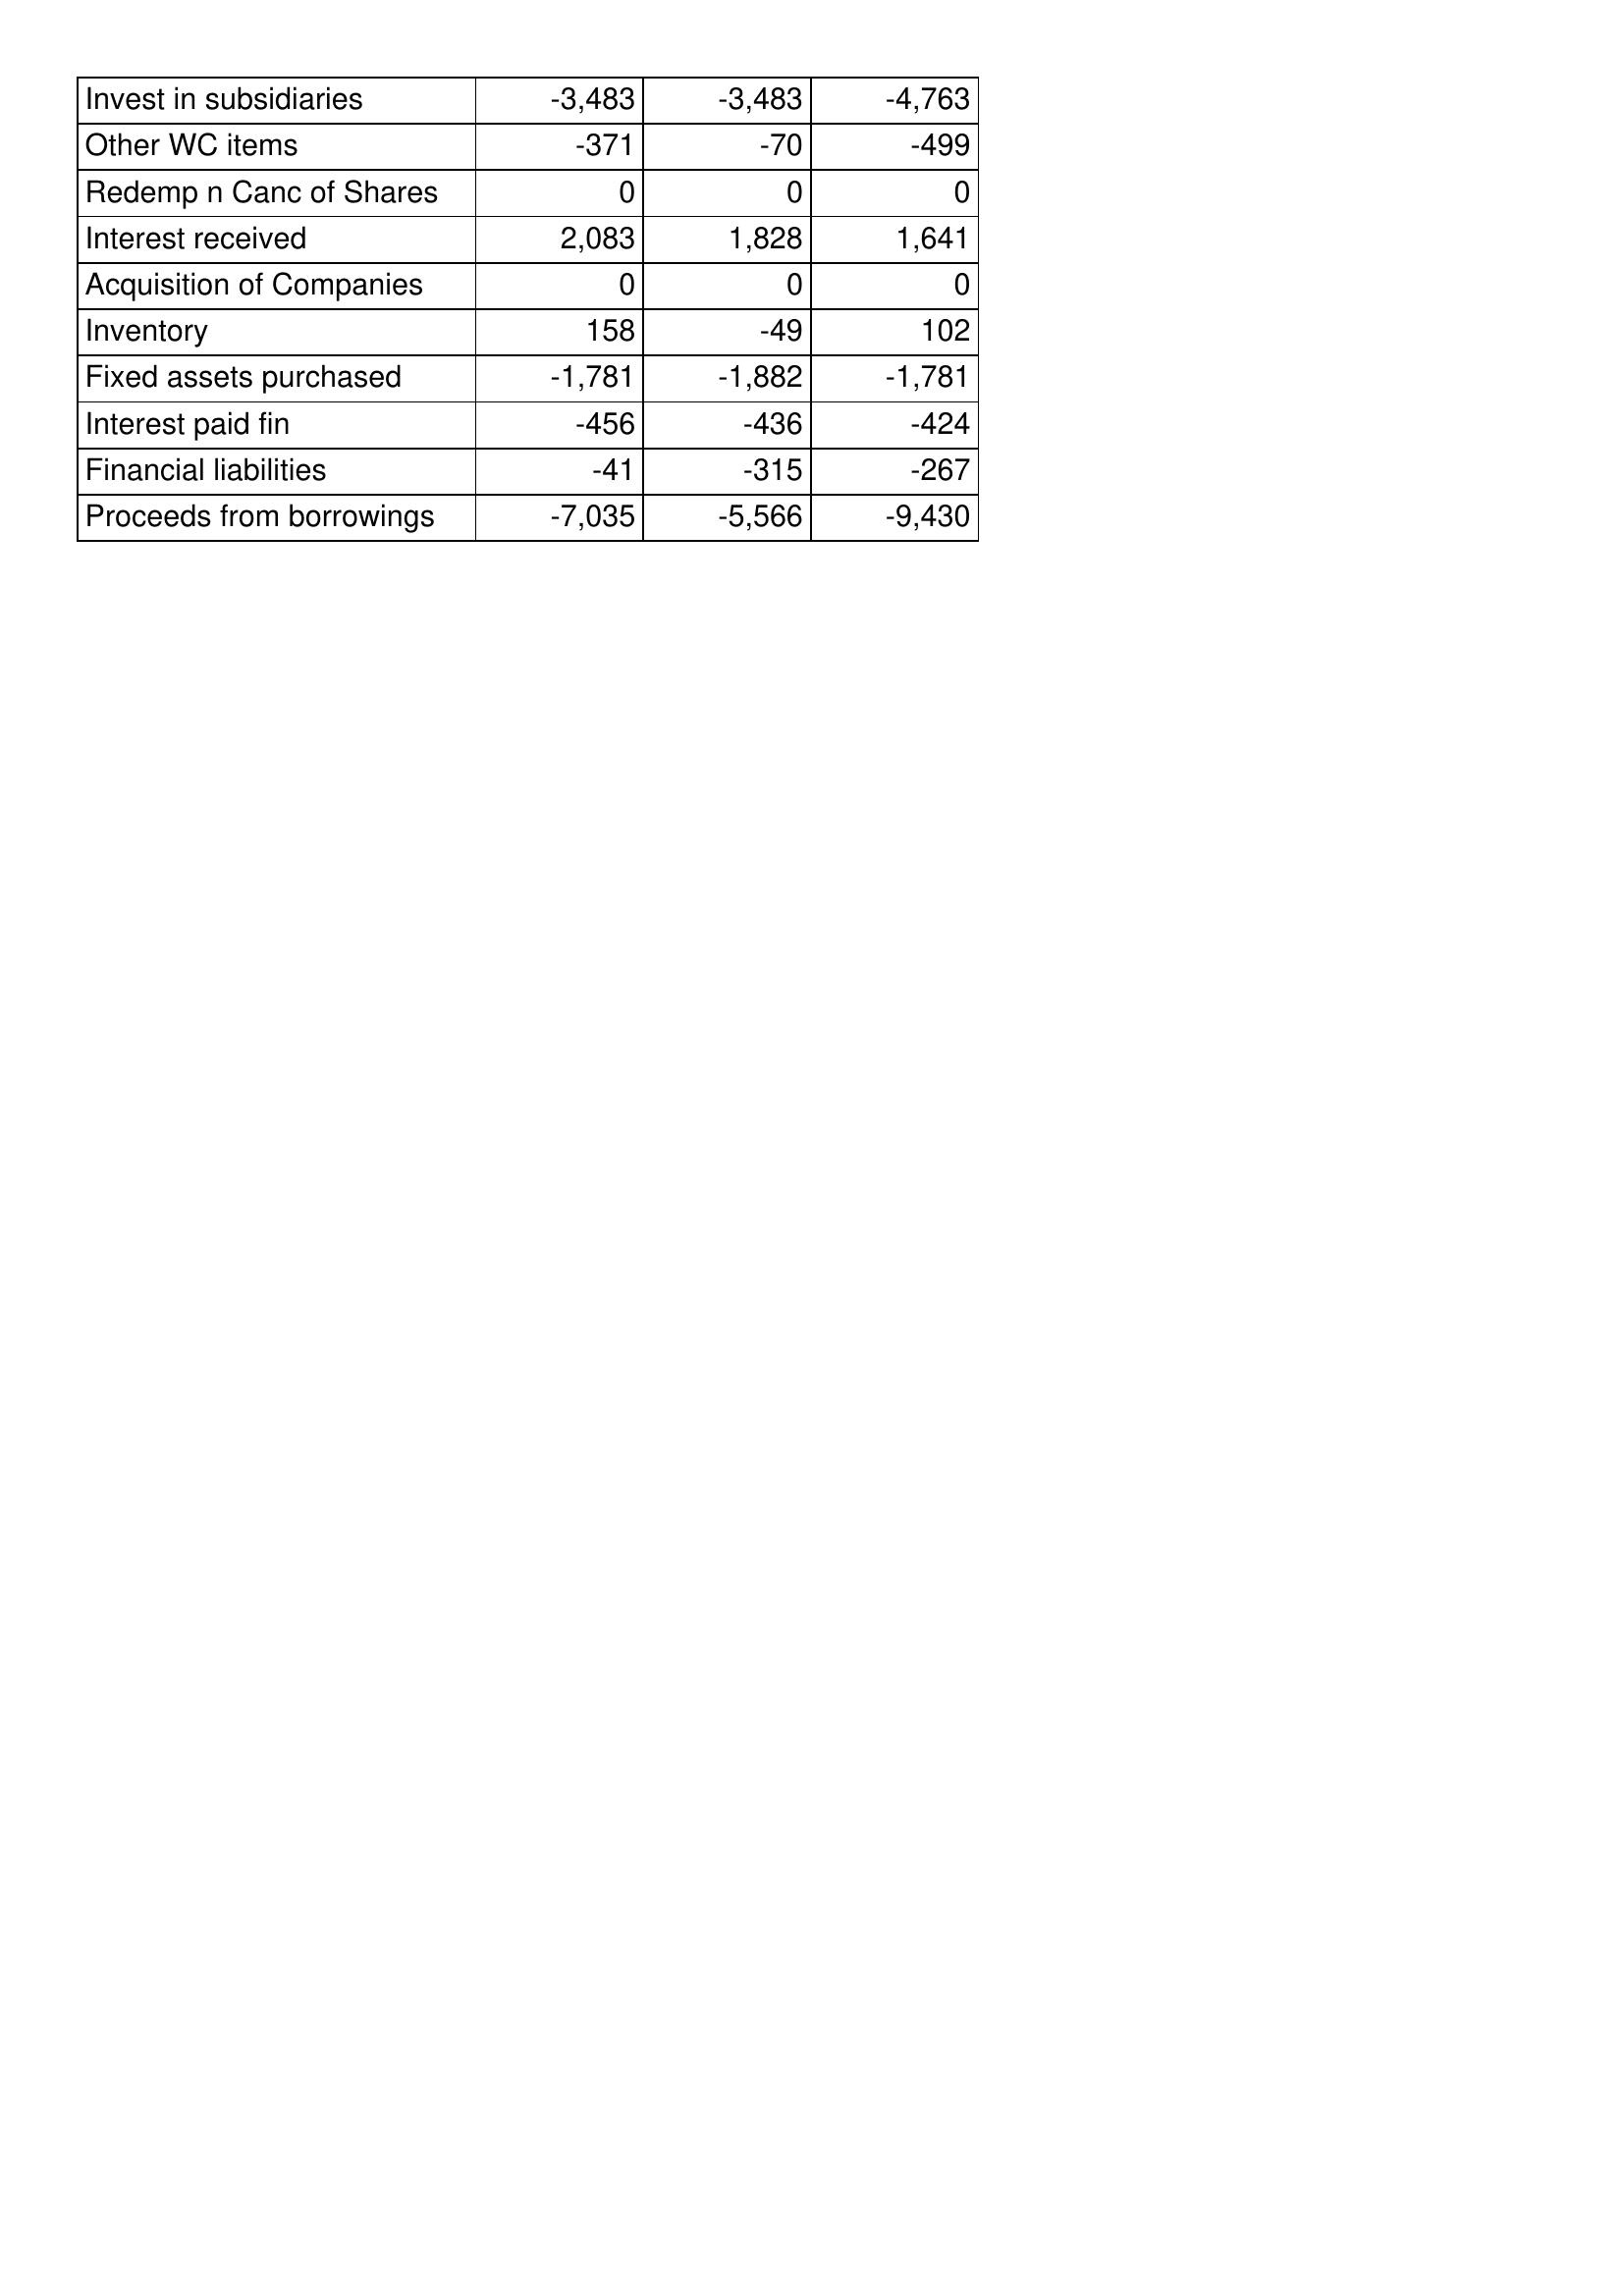
Jan-16: Cash Flows: Invest in subsidiaries: -3,483
Other WC items: -371
Redemp n Canc of Shares: 0
Interest received: 2,083
Acquisition of Companies: 0
Inventory: 158
Fixed assets purchased: -1,781
Interest paid fin: -456
Financial liabilities: -41
Proceeds from borrowings: -7,035
Jan-15: Cash Flows: Invest in subsidiaries: -3,483
Other WC items: -70
Redemp n Canc of Shares: 0
Interest received: 1,828
Acquisition of Companies: 0
Inventory: -49
Fixed assets purchased: -1,882
Interest paid fin: -436
Financial liabilities: -315
Proceeds from borrowings: -5,566
Jan-14: Cash Flows: Invest in subsidiaries: -4,763
Other WC items: -499
Redemp n Canc of Shares: 0
Interest received: 1,641
Acquisition of Companies: 0
Inventory: 102
Fixed assets purchased: -1,781
Interest paid fin: -424
Financial liabilities: -267
Proceeds from borrowings: -9,430